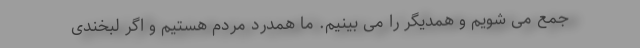
جمع می شویم و همدیگر را می بینیم. ما همدرد مردم هستیم و اگر لبخندی